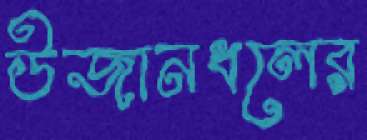
উজানধলের